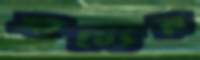
প্রাচ্যের